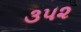
૩૫૨